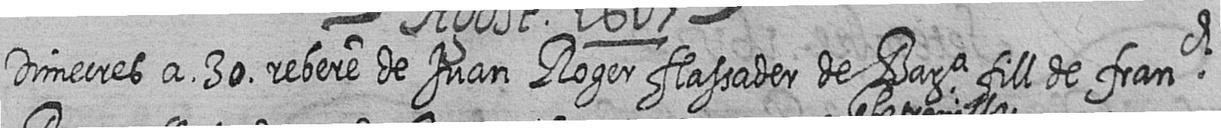
Dimecres a 30 rebere de Juan Roger flassader de Bara fill de franch